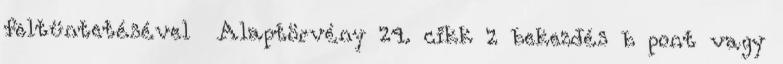
feltüntetésével Alaptörvény 24. cikk 2 bekezdés b pont vagy